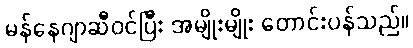
မန်နေဂျာဆီဝင်ပြီး အမျိုးမျိုး တောင်းပန်သည်။